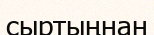
сыртыңнан